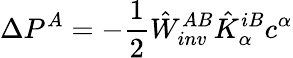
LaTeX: \Delta P^{A}=-\frac{1}{2}\hat{W}_{inv}^{AB}\hat{K}_{\alpha}^{iB}c^{\alpha}